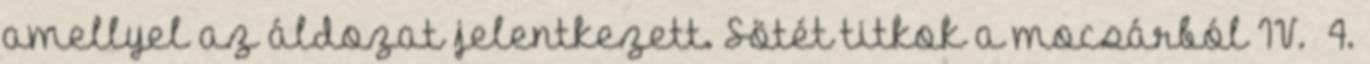
amellyel az áldozat jelentkezett. Sötét titkok a mocsárból IV. 4.